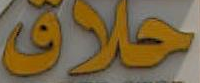
حلاق